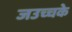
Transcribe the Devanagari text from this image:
जउच्चके